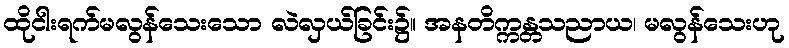
ထိုငါးရက်မလွန်သေးသော လဲလှယ်ခြင်း၌။ အနတိက္ကန္တသညာယ၊ မလွန်သေးဟု